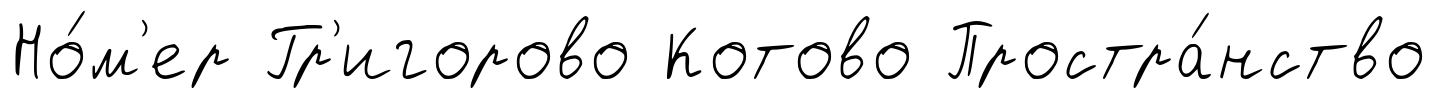
Но́м'ер Гр'игорово Котово Простра́нство